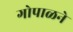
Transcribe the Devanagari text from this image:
गोपाळने